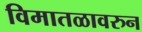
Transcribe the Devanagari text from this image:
विमातळावरुन